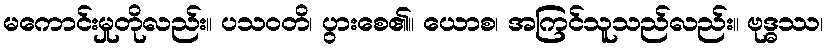
မကောင်းမှုတိုလည်း။ ပသဝတိ၊ ပွားစေ၏။ ယောစ၊ အကြင်သူသည်လည်း။ ဗုဒ္ဓဿ၊